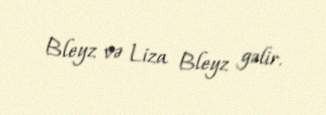
Bleyz və Liza Bleyz gəlir.